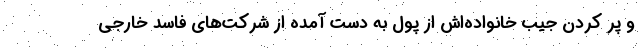
و پر کردن جیب خانواده‌اش از پول به دست آمده از شرکت‌های فاسد خارجی